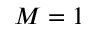
M = 1